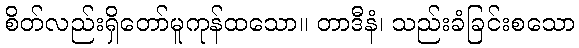
စိတ်လည်းရှိတော်မူကုန်ထသော။ တာဒီနံ၊ သည်းခံခြင်းစသော